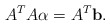
\begin{align*}A^{T}A\mathbf\alpha=A^{T}\mathbf b.\end{align*}